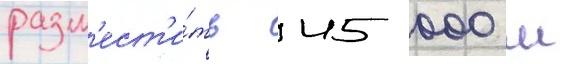
разм'ест'и́ть 45 000 м